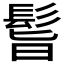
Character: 𩬺